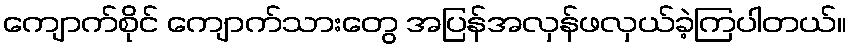
ကျောက်စိုင် ကျောက်သားတွေ အပြန်အလှန်ဖလှယ်ခဲ့ကြပါတယ်။